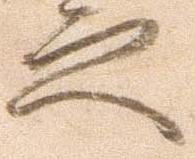
之